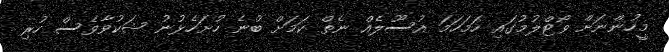
މީހުންނަށް ވޯޓްލުމުގައި ހަމަހަމަ އުސޫލެއް ނެތް ކަމަށް ބުނެ ހުށަހެޅުނު ޝަކުވާވެސް ހުރި